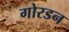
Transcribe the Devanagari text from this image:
गोरडन